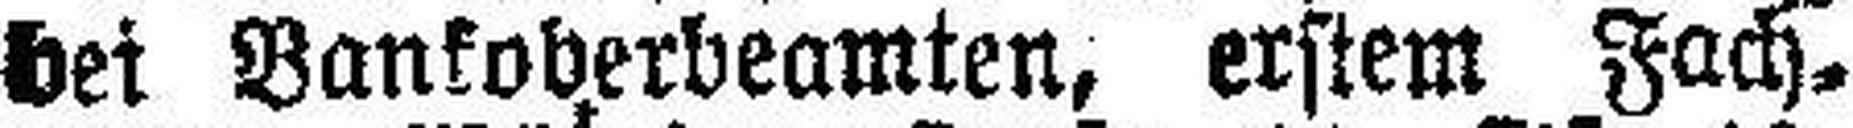
bei Bankoberbeamten, erstem Fach¬